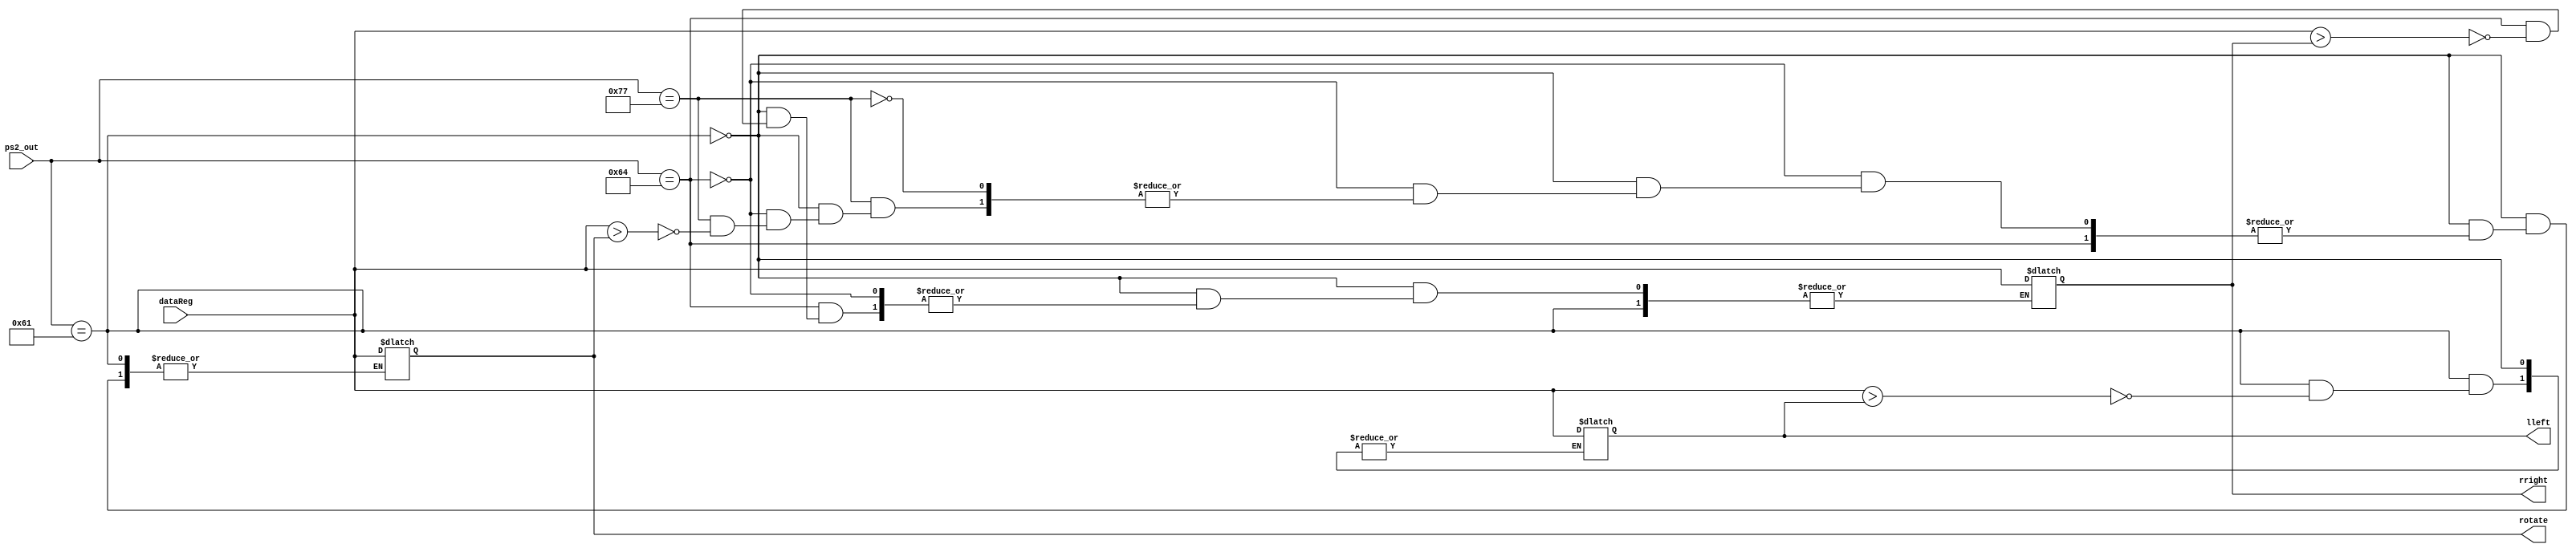
module SignalParsed(
	dataReg,
	ps2_out,
	lleft,
	rright,
	rotate
);

input [7:0] dataReg;	// represent the value of register of A,D,W
input [7:0] ps2_out;	// ps2_out, indicate the operation 97,100,119 

output reg [7:0] lleft;
output reg [7:0] rright;
output reg [7:0] rotate;


/// wire ///
wire signed [31:0] Rdata;
reg[7:0] left_reg;
reg[7:0] right_reg;
reg[7:0] rotate_reg;

assign Rdata = dataReg;

/// initial ///
initial begin
	left_reg <= 0;
	right_reg <= 0;
	rotate_reg <= 0;
	lleft <= 0;
	rright <= 0;
	rotate <= 0;
end



/// judge ///

always @(dataReg or ps2_out)
	begin
		if(ps2_out == 97)begin
			if(Rdata > left_reg)begin
				left_reg = Rdata;
				lleft = Rdata;
			end
		end
		
		else if(ps2_out == 100)begin
			if(Rdata > right_reg)begin
				right_reg = Rdata;
				rright = Rdata;
			end
		end
		else if(ps2_out == 119)begin
			if(Rdata > rotate_reg)begin
				rotate_reg = Rdata;
				rotate = Rdata;
			end
		end
	end
	
endmodule